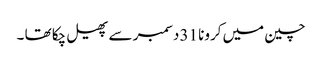
چین میں کرونا 31 دسمبر سے پھیل چکا تھا ۔